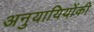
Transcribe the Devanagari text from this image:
अनुयायियोंकी